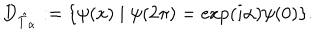
LaTeX: D _ { \hat { T } _ { \alpha } } : = \{ \psi ( x ) \mid \psi ( 2 \pi ) = \exp ( i \alpha ) \psi ( 0 ) \} .